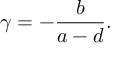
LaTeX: \gamma = - { \frac { b } { a - d } } .